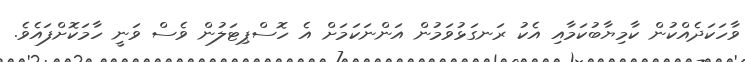
ވާހަކަދެއްކުން ކާމިޔާބުކަމާއި އެކު ރަނގަޅުވަމުން އަންނަކަމަށް އެ ހޮސްޕިޓަލުން ވެސް ވަނީ ހާމަކޮށްފައެވެ.